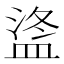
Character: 𪾒